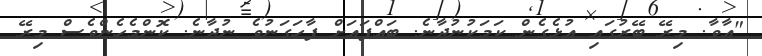
"އާވާ. މިރޭ ބޭރުގައި އުޅެގެން ކަމަކުނުދާނެ. ބައްޕައަށް ފާހަގަނުވެ ނުދާނެ. ކޮންމެހެންވެސް މިރޭ